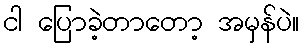
ငါ ပြောခဲ့တာတော့ အမှန်ပဲ။